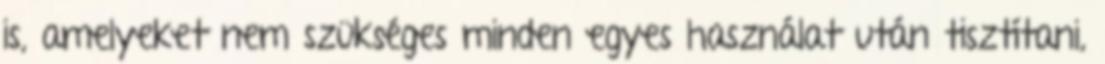
is, amelyeket nem szükséges minden egyes használat után tisztítani,